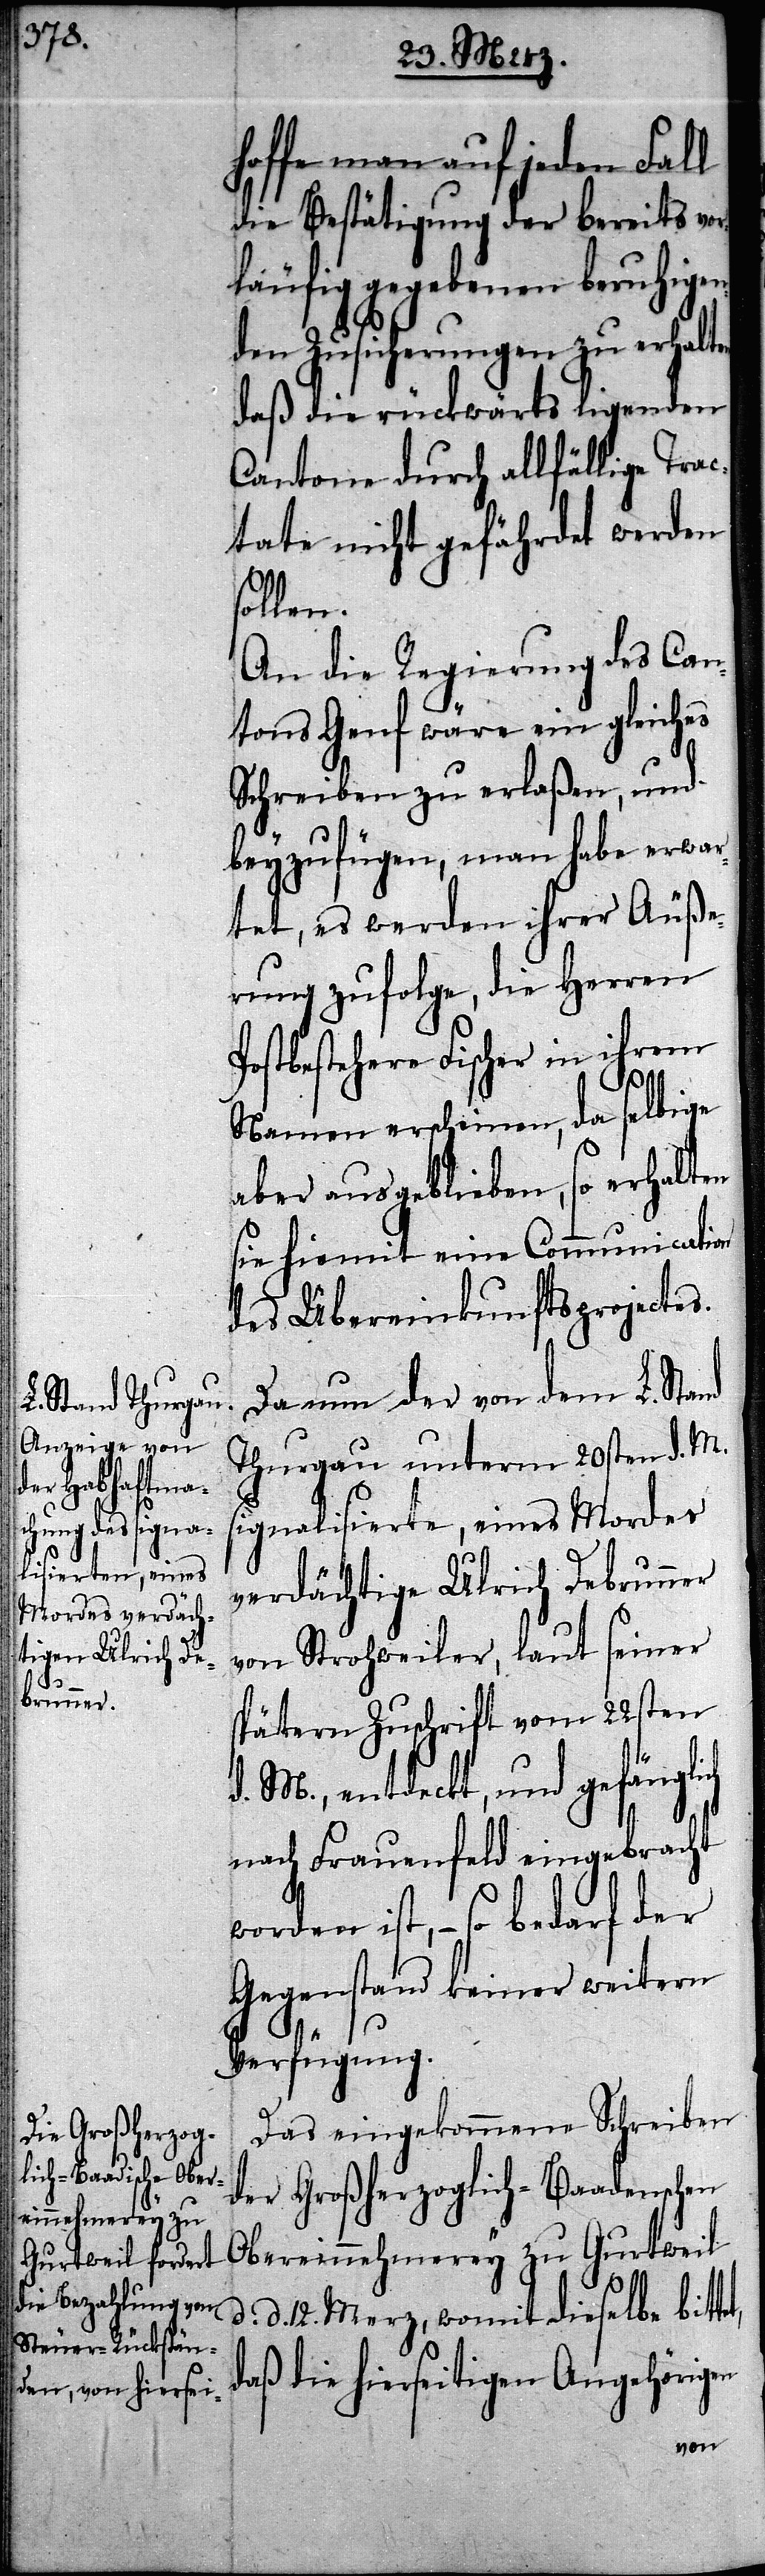
bereinnehmerey zu

hoffe man auf jeden Fall
die Bestätigung der bereits vo¬
rläufig gegebenen beruhigen¬
den Zusicherungen zu erhalt¬
daß die rückwärts ligenden
Cantone durch allfällige Trac¬
tate nicht gefährdet werden
sollen.
An die Regierung des Can¬
tons Genf wäre ein gleiches
Schreiben zu erlaßen, und
beyzufügen, man habe erwar¬
tet, es werden ihrer Äuße¬
rung zufolge, die Herren
Postbestehern Fischer in ihrem
t,
Namen erscheinen, da selbige
aber ausgeblieben, so erhalten
sie hiemit eine Communication
des Übereinkunftsprojectes.
Da nun der von dem L. Sta¬
Thurgau unterm 20sten d. M.
ignalisierte, eines Mordes
verdächtigte Ulrich Debrunner
von Strohweiler, laut seiner
spätern Zuschrift vom 22sten
d. M., entdeckt, und gefängli¬
nach Frauenfeld eingebracht
worden ist, – so bedarf der
Gegenstand keiner weitern
Verfügung.
Das eingekommene Schreiben
der Großherzoglich-Baadenschen
d. 12. Merz, womit dieselbe bitte¬
daß die hierseitigen Angehörigen
en,